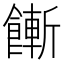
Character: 𩞏